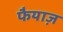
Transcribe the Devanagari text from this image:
फैयाज़